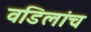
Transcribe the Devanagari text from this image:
वडिलांच